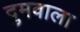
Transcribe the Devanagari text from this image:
दुमवाला